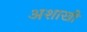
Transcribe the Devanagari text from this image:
अशाखी